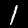
Label: 1